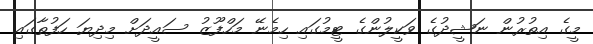
މީގެ އިތުރުން ނަޝީދުގެ ވަކީލުންގެ ޓީމުގައި ހިމެނޭ މަހްފޫޒު ސައީދަށް މިދިޔަ ހަފުތާގައި